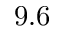
9 . 6